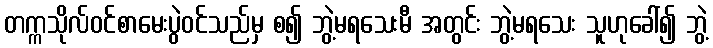
တက္ကသိုလ်ဝင်စာမေးပွဲဝင်သည်မှ စ၍ ဘွဲ့မရသေးမီ အတွင်း ဘွဲ့မရသေး သူဟုခေါ်၍ ဘွဲ့